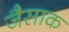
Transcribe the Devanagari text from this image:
जैसाक